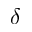
\delta